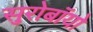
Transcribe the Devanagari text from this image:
सुरोबॉयो